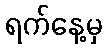
ရက်နေ့မှ